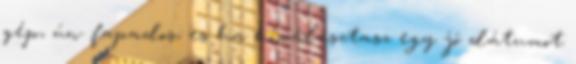
gép, ún. fapados, es ha kiválasztasz egy jó dátumot